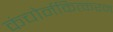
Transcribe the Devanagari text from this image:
कंचोर्नकित्करन